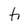
Character: h